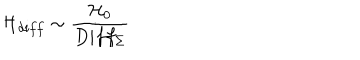
{ \cal H } _ { d i f f } \sim \frac { { \cal H } _ { 0 } } { D i f f _ { \Sigma } }